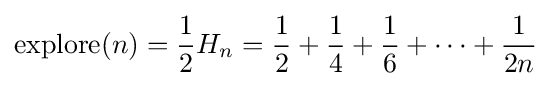
\mathrm {explore} (n)={\frac {1}{2}}H_{n}={\frac {1}{2}}+{\frac {1}{4}}+{\frac {1}{6}}+\cdots +{\frac {1}{2n}}